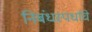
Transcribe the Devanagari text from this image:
निबंधस्पर्धांचे